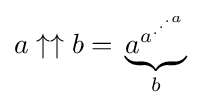
a\uparrow \uparrow b={}\underbrace {a^{a^{.^{.^{.{a}}}}}} _{b}